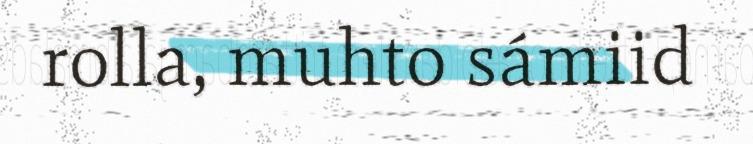
rolla, muhto sámiid